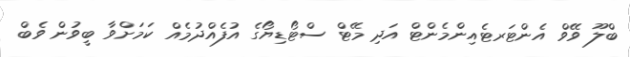
ބްލޫ ވޭވް އެންޓަރޓެއިންމެންޓް އަދި މޭޓް ސްޓޯޑިޔޯގެ އުފެއްދުމެއް ކަމަށްވާ ބީވުން ވެބް